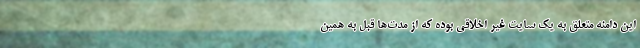
این دامنه متعلق به یک سایت غیر اخلاقی بوده که از مدت‌ها قبل به همین